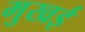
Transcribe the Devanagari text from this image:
मुखई